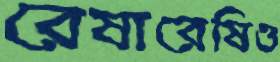
রেষারেষিও